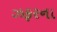
ઝફરના